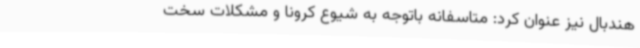
هندبال نیز عنوان کرد: متاسفانه باتوجه به شیوع کرونا و مشکلات سخت‌